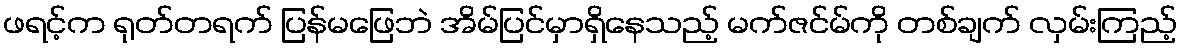
ဖရင့်က ရုတ်တရက် ပြန်မဖြေဘဲ အိမ်ပြင်မှာရှိနေသည့် မက်ဇင်မ်ကို တစ်ချက် လှမ်းကြည့်